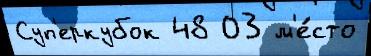
Суп'еркубок 48 03 м'е́сто